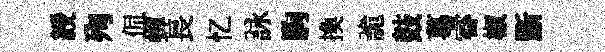
綬殉侃蟬長忆詠駒換詭鼓葛睿椒斵